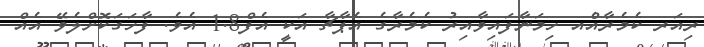
ރިއަރ ކެމެރާއެްއ ހިމަނާފައިވާއިރު ކެމެރާގެ އެޕާޗާ އަކީ އެފް1.8 އެވެ. ފާހަގަކޮށްލެވޭ އެއް